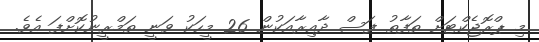
މި ޕްރޮޖެކްޓަށް ތަފާތު ފަސް ދާއިރާއަކުން 26 މީހަކު ވަނީ ތަމްރީނުކޮށްފަ އެވެ.